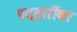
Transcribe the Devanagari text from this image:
पद्दतींवर